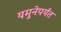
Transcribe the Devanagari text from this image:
यमुनेपर्यंत